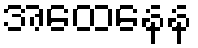
အထေနေန